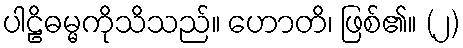
ပါဠိဓမ္မကိုသိသည်။ ဟောတိ၊ ဖြစ်၏။ (၂)